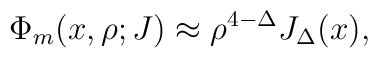
{\Phi_m (x,\rho;J) \approx \rho^{4-\Delta} J_{\Delta}(x), }